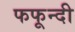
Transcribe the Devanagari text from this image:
फफून्दी